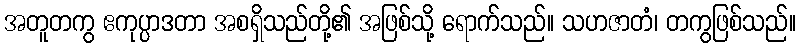
အတူတကွ ဧကုပ္ပာဒတာ အစရှိသည်တို့၏ အဖြစ်သို့ ရောက်သည်။ သဟဇာတံ၊ တကွဖြစ်သည်။